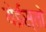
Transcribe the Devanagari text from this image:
येईस्तो